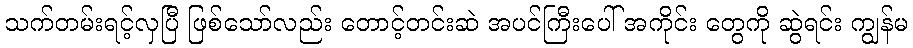
သက်တမ်းရင့်လှပြီ ဖြစ်သော်လည်း တောင့်တင်းဆဲ အပင်ကြီးပေါ် အကိုင်း တွေကို ဆွဲရင်း ကျွန်မ